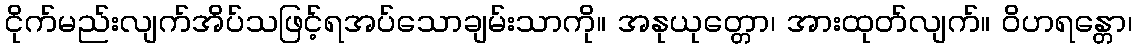
ငိုက်မည်းလျက်အိပ်သဖြင့်ရအပ်သောချမ်းသာကို။ အနုယုတ္တော၊ အားထုတ်လျက်။ ဝိဟရန္တော၊